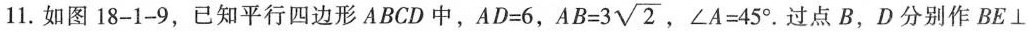
11.如图18-1-9，已知平行四边形ABCD中，$$A D = 6$$， $$A B = 3 \sqrt { 2 }$$ ，$$∠ A = 4 5 °$$。过点B，D分别作BE\bot